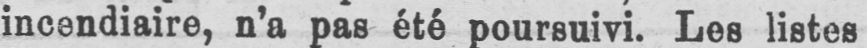
incendiaire, n’a pas été poursuivi. Les listes